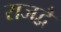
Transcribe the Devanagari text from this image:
राजद्वै